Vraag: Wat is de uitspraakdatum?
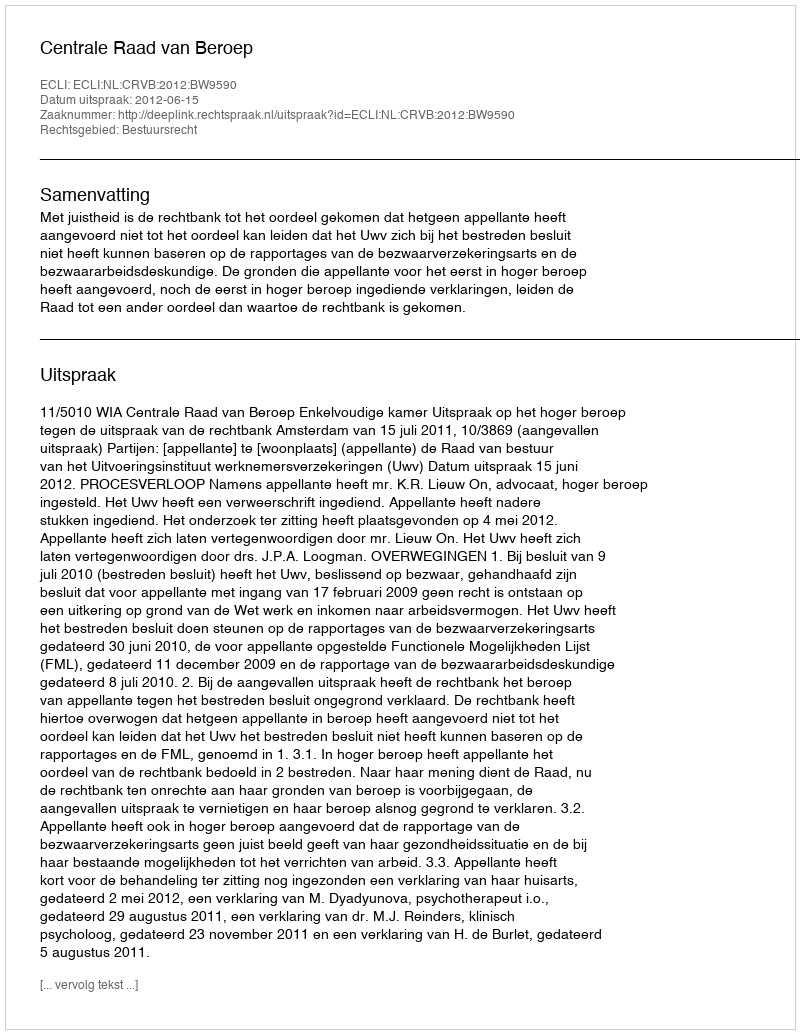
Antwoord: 2012-06-15